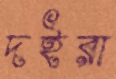
দইরা